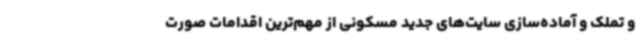
و تملک و آماده‌سازی سایت‌های جدید مسکونی از مهم‌ترین اقدامات صورت